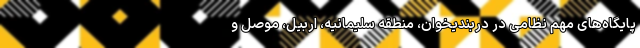
پایگاه‌های مهم نظامی در دربندیخوان، منطقه سلیمانیه، اربیل، موصل و